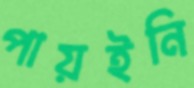
পায়ইনি